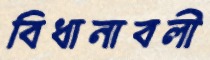
বিধানাবলী